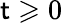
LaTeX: \mathsf{t}\geqslant0